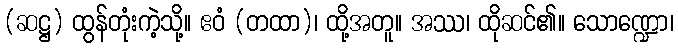
(ဆဋ္ဌ) ထွန်တုံးကဲ့သို့။ ဧဝံ (တထာ)၊ ထို့အတူ။ အဿ၊ ထိုဆင်၏။ သောဏ္ဍော၊